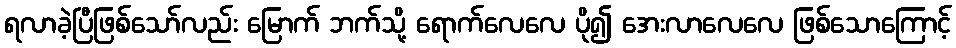
ရလာခဲ့ပြီဖြစ်သော်လည်း မြောက် ဘက်သို့ ရောက်လေလေ ပို၍ အေးလာလေလေ ဖြစ်သောကြောင့်